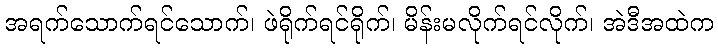
အရက်သောက်ရင်သောက်၊ ဖဲရိုက်ရင်ရိုက်၊ မိန်းမလိုက်ရင်လိုက်၊ အဲဒီအထဲက